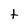
Character: t